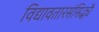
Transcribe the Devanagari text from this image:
विद्यावतारसंसिद्ध्यै